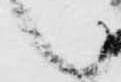
候